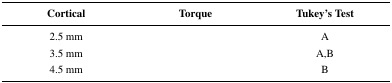
<table><thead><tr><td><b>Cortical</b></td><td><b>Torque </b></td><td><b>Tukey’s Test</b></td></tr></thead><tbody><tr><td>2.5 mm</td><td>[EMPTY_CELL]</td><td>A</td></tr><tr><td>3.5 mm</td><td>[EMPTY_CELL]</td><td>A,B</td></tr><tr><td>4.5 mm</td><td>[EMPTY_CELL]</td><td>B</td></tr></tbody></table>